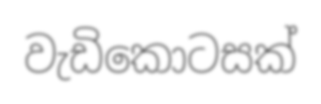
වැඩිකොටසක්